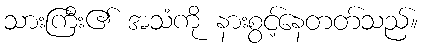
သားကြီး၏ အသံကို နားစွင့်နေတတ်သည်။